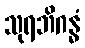
သုရဘိဂန္ဓံ